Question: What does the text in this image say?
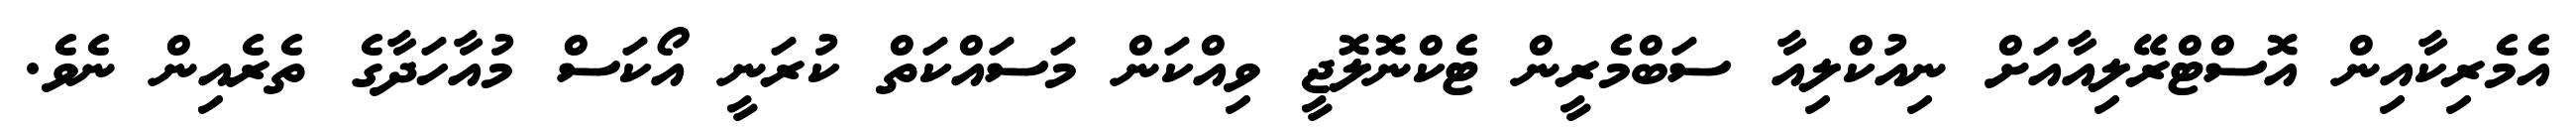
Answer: އެމެރިކާއިން އޮސްޓްރޭލިއާއަށް ނިއުކްލިއާ ސަބްމެރީން ޓެކްނޮލޮޖީ ވިއްކަން މަސައްކަތް ކުރަނީ އޯކަސް މުއާހަދާގެ ތެރެއިން ނެވެ.